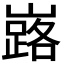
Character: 𡽘